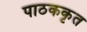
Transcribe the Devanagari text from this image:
पाठककृत